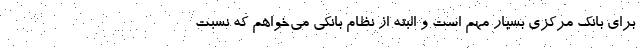
برای بانک مرکزی بسیار مهم است و البته از نظام بانکی می‌خواهم که نسبت